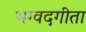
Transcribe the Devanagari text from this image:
भग्वदगीता